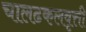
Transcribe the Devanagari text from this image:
चालढकलवृत्ती